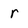
Character: r